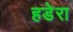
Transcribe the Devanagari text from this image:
हडेरा